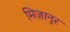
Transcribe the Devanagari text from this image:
मिज़ानूर